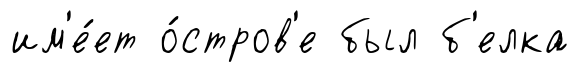
им'е́ет о́стров'е был б'елка